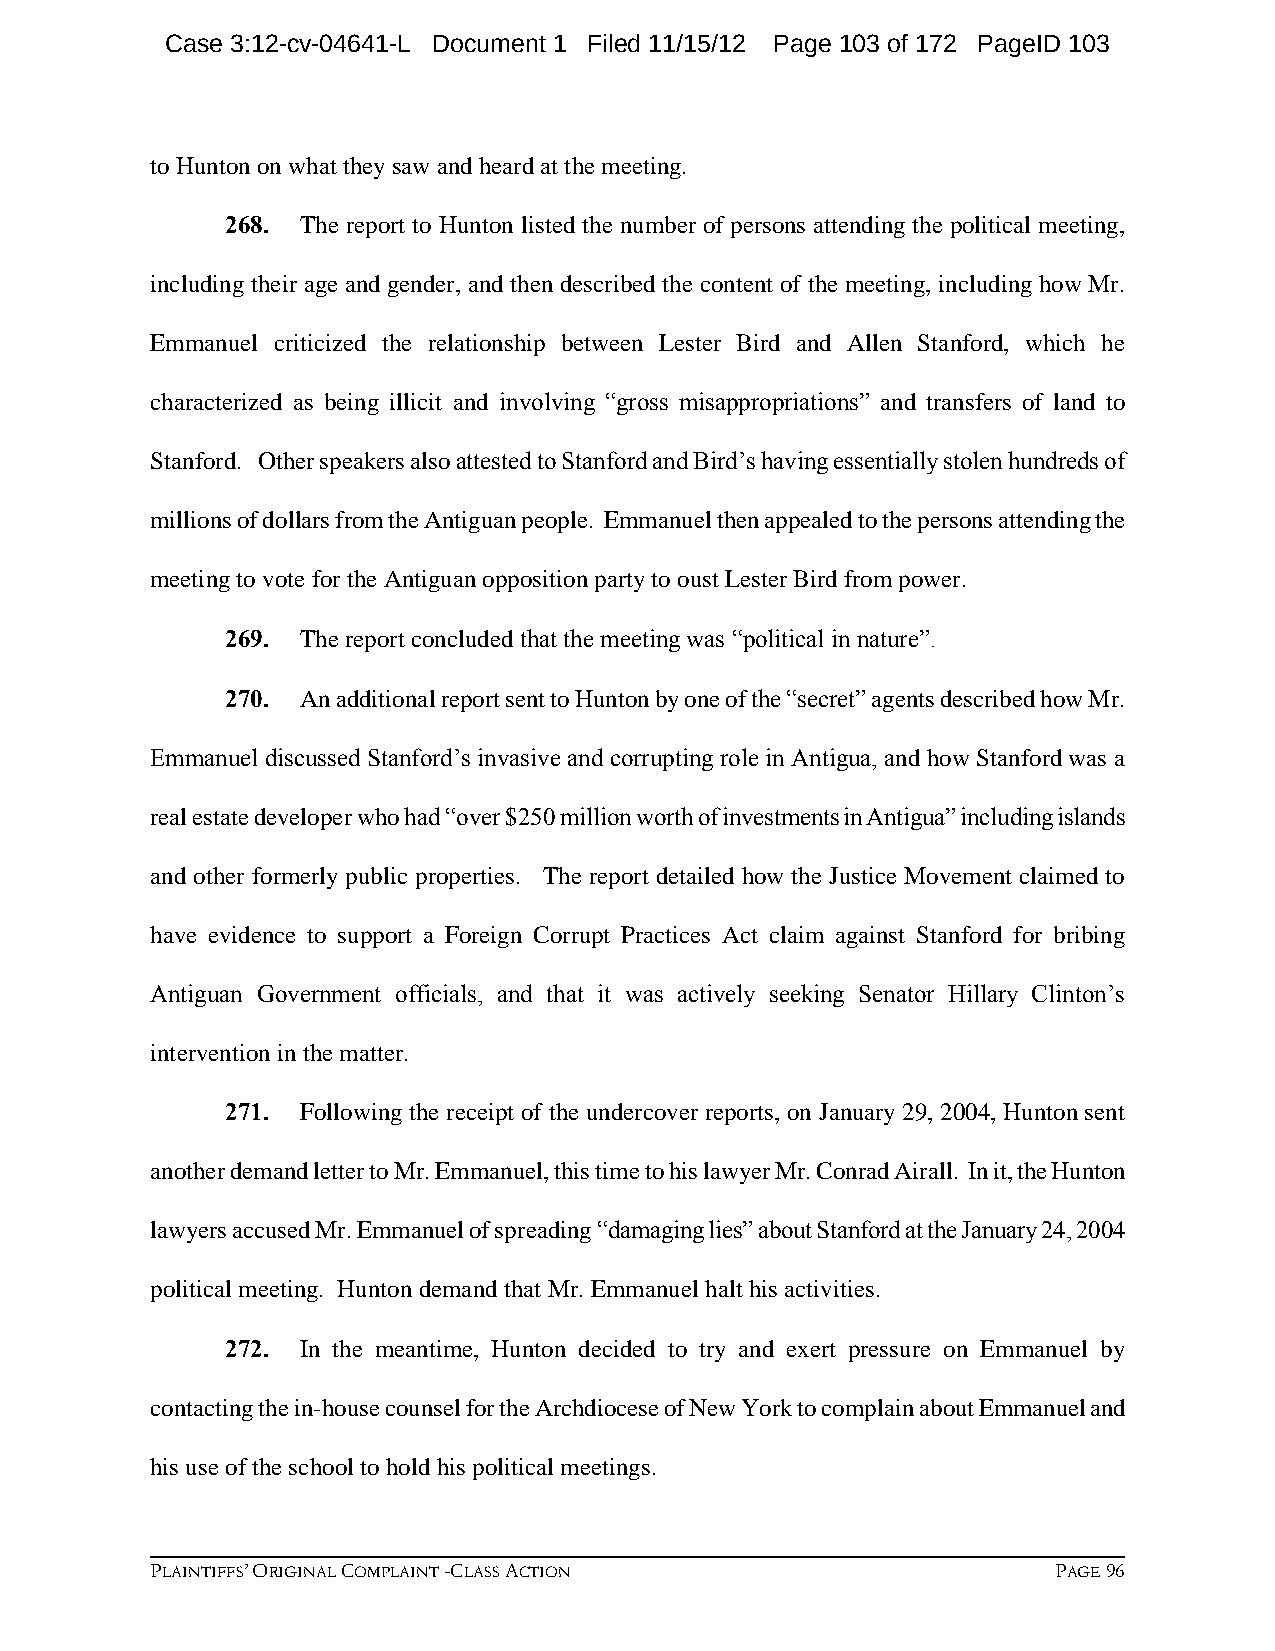
Case 3:12-cv-04641-L Document 1 Filed 11/15/12 Page 103 of 172 PageID 103
 to Hunton on what they saw and heard at the meeting.
 268. The report to Hunton listed the number of persons attending the political meeting,
 including their age and gender, and then described the content of the meeting, including how Mr.
 Emmanuel criticized the relationship between Lester Bird and Allen Stanford, which he
 characterized as being illicit and involving “gross misappropriations” and transfers of land to
 Stanford. Other speakers also attested to Stanford and Bird’s having essentially stolen hundreds of
 millions of dollars from the Antiguan people. Emmanuel then appealed to the persons attending the
 meeting to vote for the Antiguan opposition party to oust Lester Bird from power.
 269. The report concluded that the meeting was “political in nature”.
 270. An additional report sent to Hunton by one of the “secret” agents described how Mr.
 Emmanuel discussed Stanford’s invasive and corrupting role in Antigua, and how Stanford was a
 real estate developer who had “over $250 million worth of investments in Antigua” including islands
 and other formerly public properties. The report detailed how the Justice Movement claimed to
 have evidence to support a Foreign Corrupt Practices Act claim against Stanford for bribing
 Antiguan Government officials, and that it was actively seeking Senator Hillary Clinton’s
 intervention in the matter.
 271. Following the receipt of the undercover reports, on January 29, 2004, Hunton sent
 another demand letter to Mr. Emmanuel, this time to his lawyer Mr. Conrad Airall. In it, the Hunton
 lawyers accused Mr. Emmanuel of spreading “damaging lies” about Stanford at the January 24, 2004
 political meeting. Hunton demand that Mr. Emmanuel halt his activities.
 272. In the meantime, Hunton decided to try and exert pressure on Emmanuel by
 contacting the in-house counsel for the Archdiocese of New York to complain about Emmanuel and
 his use of the school to hold his political meetings.
 PLAINTIFFS’ ORIGINAL COMPLAINT -CLASS ACTION                PAGE 96